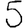
Digit: 5